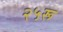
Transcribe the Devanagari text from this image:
२५रू